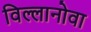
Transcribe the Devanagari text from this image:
विल्लानोवा